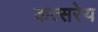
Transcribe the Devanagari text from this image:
कत्सरेय